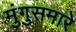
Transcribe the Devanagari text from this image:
मुंगुसमारे